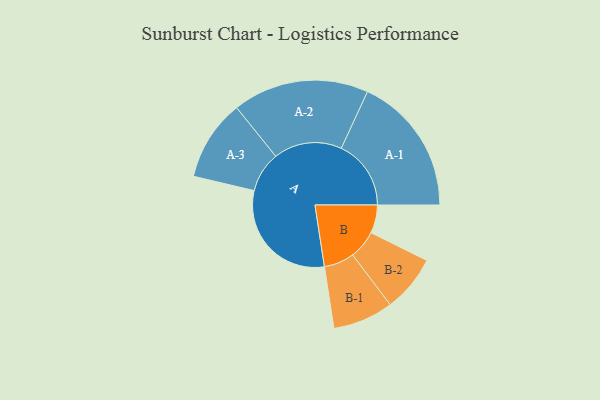
{"axis": {"x": "Segment", "y": "Value"}, "legend": ["", "A", "B"], "data": [{"x": "A", "y": 459, "type": ""}, {"x": "B", "y": 108, "type": ""}, {"x": "A-1", "y": 267, "type": "A"}, {"x": "A-2", "y": 261, "type": "A"}, {"x": "A-3", "y": 155, "type": "A"}, {"x": "B-1", "y": 116, "type": "B"}, {"x": "B-2", "y": 109, "type": "B"}]}